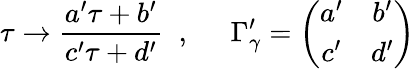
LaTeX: \tau\rightarrow\frac{a^{\prime}\tau+b^{\prime}}{c^{\prime}\tau+d^{\prime}}\; \; ,\; \; \; \; \; \Gamma_{\gamma}^{\prime}=\left(\begin{array}{cc}{{a^{\prime}}}&{{b^{\prime}}}\\ {{c^{\prime}}}&{{d^{\prime}}}\end{array}\right)